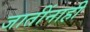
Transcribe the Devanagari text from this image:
जातींनाही